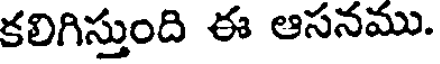
కలిగిస్తుంది ఈ ఆసనము.